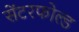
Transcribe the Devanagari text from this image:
सेंटरफोल्ड